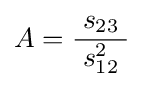
A={\frac {s_{23}}{\;s_{12}^{2}\;}}~